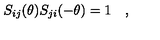
S _ { i j } ( \theta ) S _ { j i } ( - \theta ) = 1 \quad ,